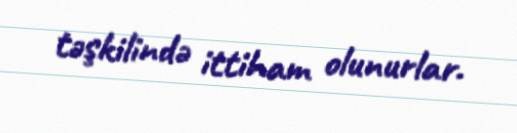
təşkilində ittiham olunurlar.